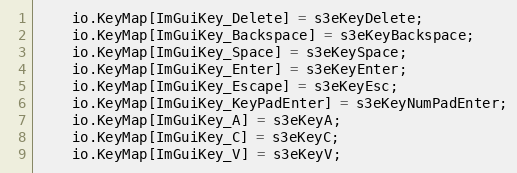
Language: C++
    io.KeyMap[ImGuiKey_Delete] = s3eKeyDelete;
    io.KeyMap[ImGuiKey_Backspace] = s3eKeyBackspace;
    io.KeyMap[ImGuiKey_Space] = s3eKeySpace;
    io.KeyMap[ImGuiKey_Enter] = s3eKeyEnter;
    io.KeyMap[ImGuiKey_Escape] = s3eKeyEsc;
    io.KeyMap[ImGuiKey_KeyPadEnter] = s3eKeyNumPadEnter;
    io.KeyMap[ImGuiKey_A] = s3eKeyA;
    io.KeyMap[ImGuiKey_C] = s3eKeyC;
    io.KeyMap[ImGuiKey_V] = s3eKeyV;